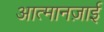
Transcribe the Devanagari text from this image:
आत्मानज़ाई